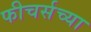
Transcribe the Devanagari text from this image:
फीचर्सच्या